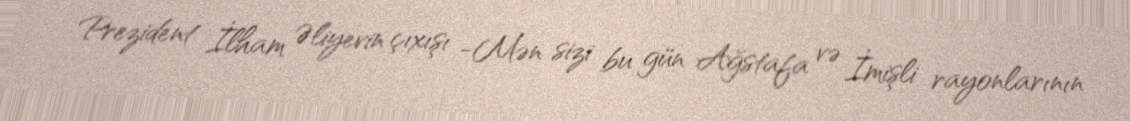
Prezident İlham Əliyevin çıxışı -Mən sizi bu gün Ağstafa və İmişli rayonlarının